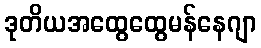
ဒုတိယအထွေထွေမန်နေဂျာ